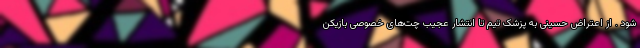
شود . از اعتراض حسینی به پزشک تیم تا انتشار عجیب چت‌های خصوصی بازیکن